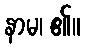
နာမ၊ ၏။